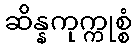
ဆိန္နကုက္ကုစ္စံ